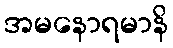
အမနောရမာနိ